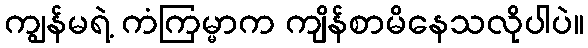
ကျွန်မရဲ့ ကံကြမ္မာက ကျိန်စာမိနေသလိုပါပဲ။